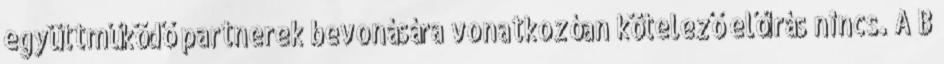
együttműködő partnerek bevonására vonatkozóan kötelező előírás nincs. A B